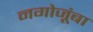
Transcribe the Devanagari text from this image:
नगोजूंबा